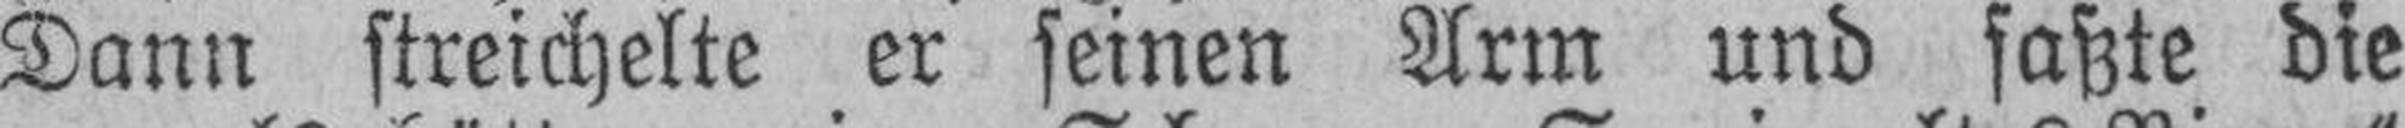
Dann streichelte er seinen Arm und faßte die